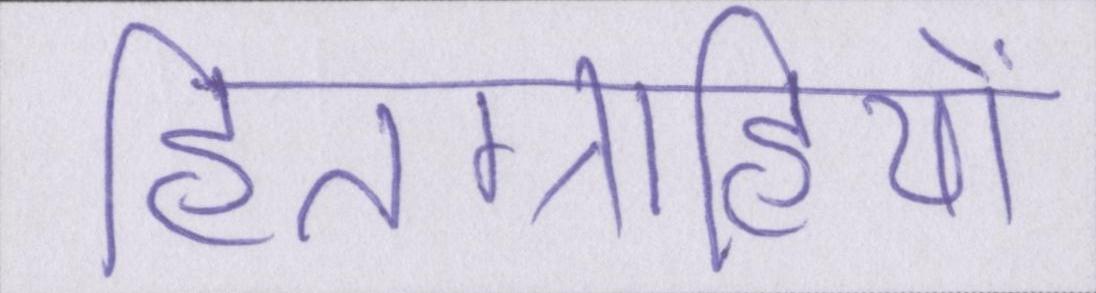
हितग्राहियों